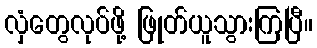
လှံတွေလုပ်ဖို့ ဖြုတ်ယူသွားကြပြီ။